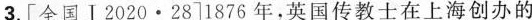
3.[全国Ⅰ2020·28]1876年，英国传教士在上海创办的